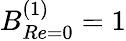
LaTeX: B_{Re=0}^{(1)}=1